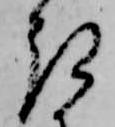
き